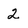
Character: 2